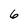
Character: 6